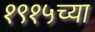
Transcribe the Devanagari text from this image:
१९१५च्या